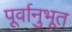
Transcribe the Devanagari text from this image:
पूर्वानुभूत